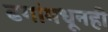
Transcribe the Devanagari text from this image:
ढगांमधूनही